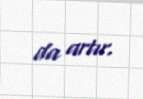
da artır.